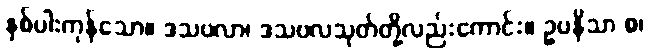
နှစ်ပါးကုန်သော။ ဒသဗလာ၊ ဒသဗလသုတ်တို့လည်းကောင်း။ ဥပနိသာ စ၊